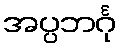
အပ္ပဘင်္ဂု